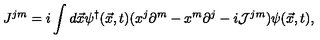
J ^ { j m } = i \int d \vec { x } \psi ^ { \dag } ( \vec { x } , t ) ( x ^ { j } \partial ^ { m } - x ^ { m } \partial ^ { j } - i { \cal J } ^ { j m } ) \psi ( \vec { x } , t ) ,